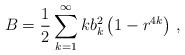
LaTeX: \begin{align*}B = \frac{1}{2} \sum_{k=1}^\infty k b_k^2 \left( 1 - r^{4 k} \right) \, ,\end{align*}